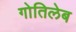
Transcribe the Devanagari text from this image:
गोतिलेब